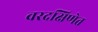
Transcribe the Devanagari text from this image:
वरदक्षिणेत